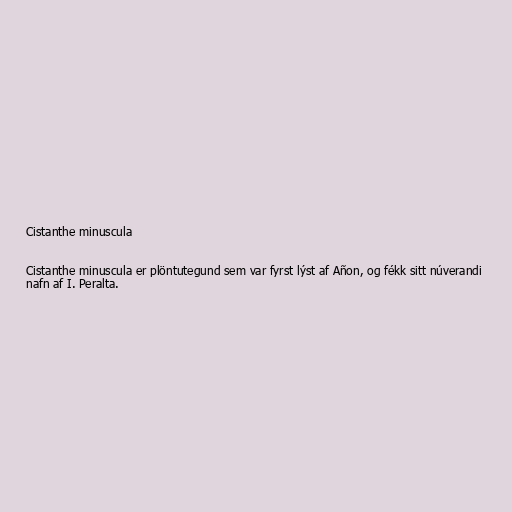
Cistanthe minuscula

Cistanthe minuscula er plöntutegund sem var fyrst lýst af Añon, og fékk sitt núverandi
nafn af I. Peralta.